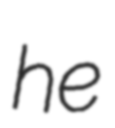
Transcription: he